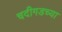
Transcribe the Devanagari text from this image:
चदीगडच्या